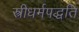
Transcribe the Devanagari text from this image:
स्त्रीधर्मपद्धति